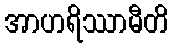
အာဟရိဿာမီတိ